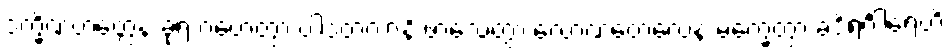
ဒက္ခိဏဟတ္ထေန ခုရံ ဂဟေတွာ ပါဒတလာနိ ဖာလေတွာ လောဏတေလေန မက္ခေတွာ ခဒိရင်္ဂါရေဟိ